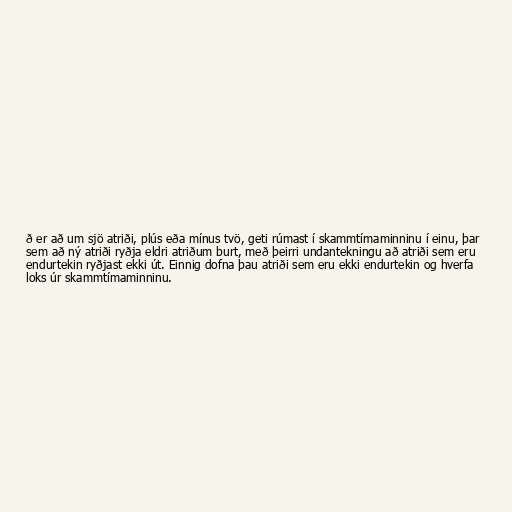
ð er að um sjö atriði, plús eða mínus tvö, geti rúmast í skammtímaminninu í einu, þar
sem að ný atriði ryðja eldri atriðum burt, með þeirri undantekningu að atriði sem eru
endurtekin ryðjast ekki út. Einnig dofna þau atriði sem eru ekki endurtekin og hverfa
loks úr skammtímaminninu.